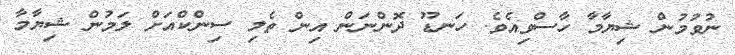
ނުވުމުން ޝިޔާމާ ހާސްވިއެވެ. ހަނޑޫ ދޮންނަން އިން ތެލި ސިންކްއަށް ލަމުން ޝިޔާމާ